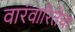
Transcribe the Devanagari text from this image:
वारंवारितेचा